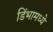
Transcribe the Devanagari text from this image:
डिंभामध्ये